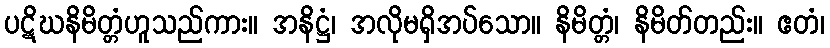
ပဋိဃနိမိတ္တံဟူသည်ကား။ အနိဋ္ဌံ၊ အလိုမရှိအပ်သော။ နိမိတ္တံ၊ နိမိတ်တည်း။ ဧတံ၊